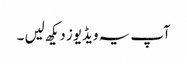
آپ یہ ویڈیوز دیکھ لیں ۔